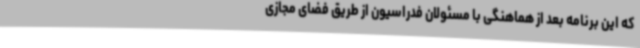
که این برنامه بعد از هماهنگی با مسئولان فدراسیون از طریق فضای مجازی